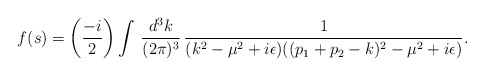
\begin{align*}f(s)=\biggl({-i\over 2}\biggr)\int\,{d^3k\over (2\pi)^3}\,{1\over(k^2-\mu^2+i\epsilon)((p_1+p_2-k)^2-\mu^2+i\epsilon)}.\end{align*}